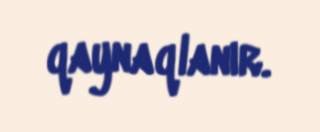
qaynaqlanır.